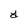
Character: Y